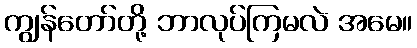
ကျွန်တော်တို့ ဘာလုပ်ကြမလဲ အမေ။